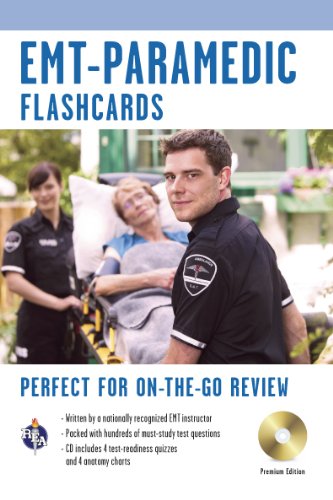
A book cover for EMT-Paramedic Premium Edition Flashcard Book w/CD (EMT Test Preparation); Jeffrey Lindsey Ph.D.; Test Preparation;